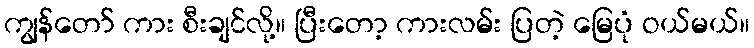
ကျွန်တော် ကား စီးချင်လို့။ ပြီးတော့ ကားလမ်း ပြတဲ့ မြေပုံ ဝယ်မယ်။